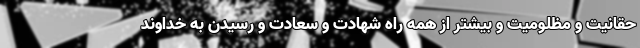
حقانیت و مظلومیت و بیشتر از همه راه شهادت و سعادت و رسیدن به خداوند